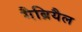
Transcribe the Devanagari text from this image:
गैब्रियैल